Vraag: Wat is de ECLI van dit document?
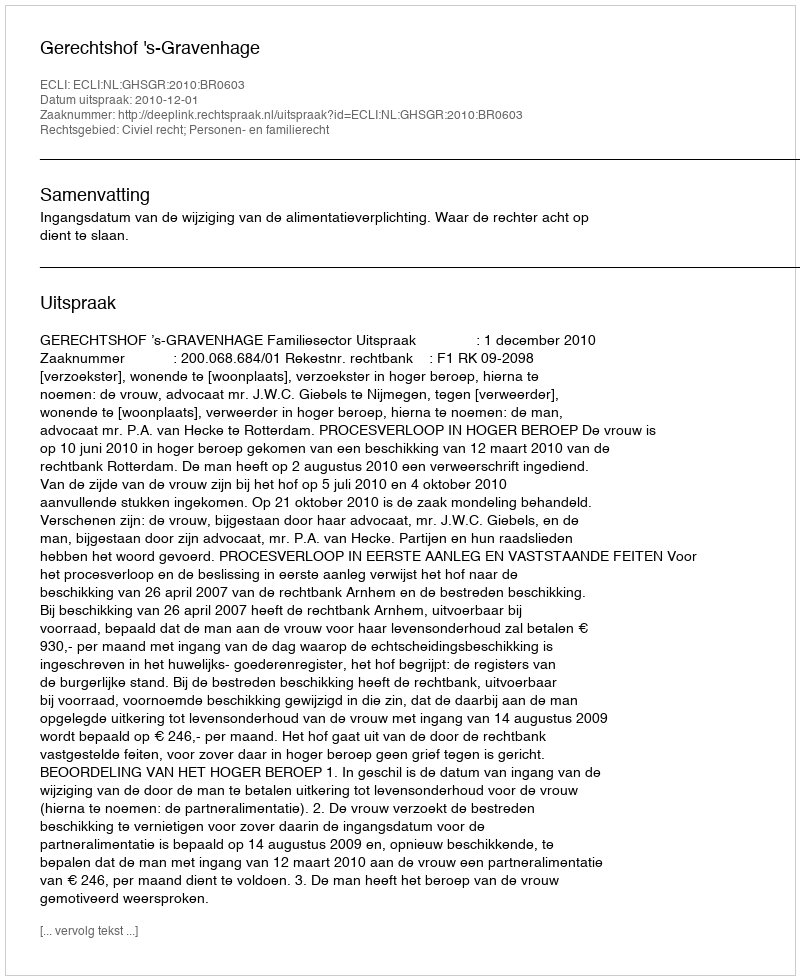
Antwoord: ECLI:NL:GHSGR:2010:BR0603